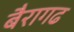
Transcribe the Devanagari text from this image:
बैरागढ